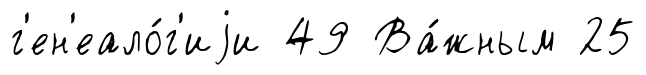
г'ен'еало́г'иjи 49 Ва́жным 25